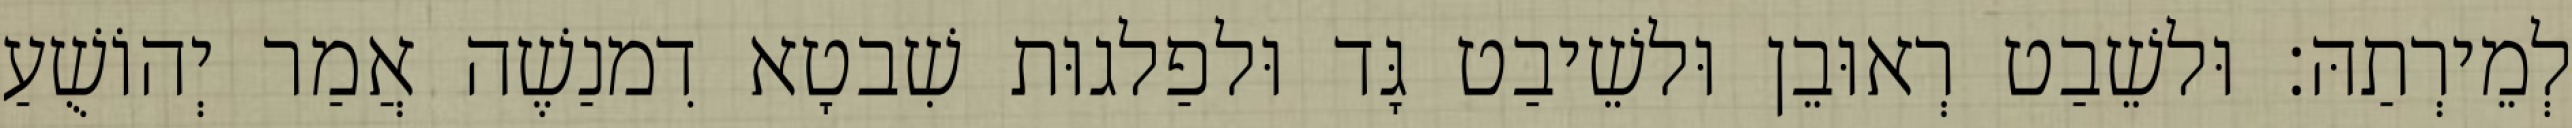
לְמֵירְתַהּ׃ וּלשֵׁבַט רְאוּבֵן וּלשֵׁיבַט גָּד וּלפַלגוּת שִׁבטָא דִמנַשֶׁה אֲמַר יְהוֹשֻׁעַ